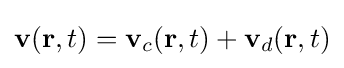
\mathbf {v} (\mathbf {r} ,t)=\mathbf {v} _{c}(\mathbf {r} ,t)+\mathbf {v} _{d}(\mathbf {r} ,t)